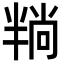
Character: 𪟶